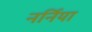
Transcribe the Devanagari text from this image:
नर्निया